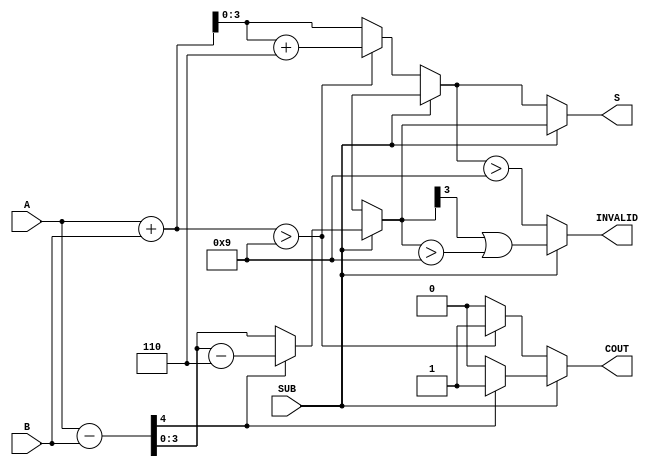
module BCD_Add_Subtracter (
    input  wire [3:0] A,          // First BCD digit
    input  wire [3:0] B,          // Second BCD digit
    input  wire SUB,              // Control signal for addition/subtraction
    output reg  [3:0] S,          // Resulting BCD digit
    output reg  COUT,             // Carry-out flag
    output reg  INVALID           // Invalid BCD flag
);

    wire [4:0] sum;               // 5-bit sum for addition
    wire [4:0] diff;              // 5-bit difference for subtraction
    wire [3:0] corrected_sum;     // Corrected result for addition
    wire [3:0] corrected_diff;    // Corrected result for subtraction

    // Addition logic
    assign sum = A + B;           // Calculate the sum of A and B

    // Check if sum exceeds BCD limit (9)
    always @(*) begin
        if (SUB == 0) begin
            // Perform addition
            if (sum > 9) begin
                corrected_sum = sum + 6; // Add correction factor
                S = corrected_sum[3:0]; // Take lower 4 bits
                COUT = 1;               // Carry out
            end else begin
                S = sum[3:0];           // Valid BCD result
                COUT = 0;               // No carry out
            end
            INVALID = (S > 9);           // Set INVALID if S is greater than 9
        end else begin
            // Perform subtraction
            diff = {1'b0, A} - {1'b0, B}; // Calculate A - B with borrow
            if (diff[4] == 1'b1) begin
                // A < B, apply correction
                corrected_diff = diff[3:0] - 6; // Subtract correction factor
                S = corrected_diff;          // Set S to corrected result
                COUT = 1;                    // Borrow occurred
            end else begin
                S = diff[3:0];               // Valid BCD result
                COUT = 0;                    // No borrow
            end
            INVALID = (S[3] == 1'b1) || (S > 9); // Set INVALID if S is negative or > 9
        end
    end

endmodule